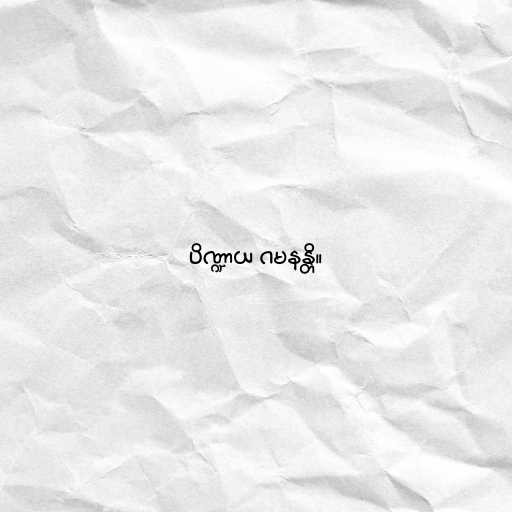
ပိဏ္ဍာယ ဂမနန္တိ။